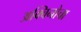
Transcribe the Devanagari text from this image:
अक्विनोचा